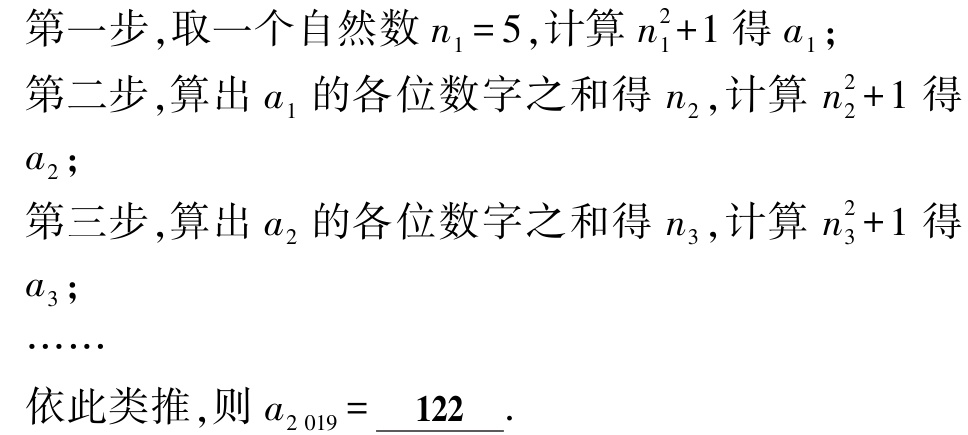
第一步,取一个自然数\(n_{1}=5\),计算\(n_{1}^{2}+1\)得\(a_{1}\);

第二步,算出\(a_{1}\)的各位数字之和得\(n_{2}\),计算\(n_{2}^{2}+1\)得\(a_{2}\);

第三步,算出\(a_{2}\)的各位数字之和得\(n_{3}\),计算\(n_{3}^{2}+1\)得\(a_{3}\);

……

依此类推,则\(a_{2019}=\underline{ 122 }\).